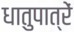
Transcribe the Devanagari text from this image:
धातुपात्रें